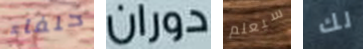
حلفاء دوران سيعلم لك